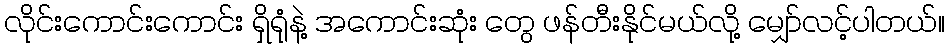
လိုင်းကောင်းကောင်း ရှိရုံနဲ့ အကောင်းဆုံး တွေ ဖန်တီးနိုင်မယ်လို့ မျှော်လင့်ပါတယ်။